Scottish Leaving Certificate Examination, 1958
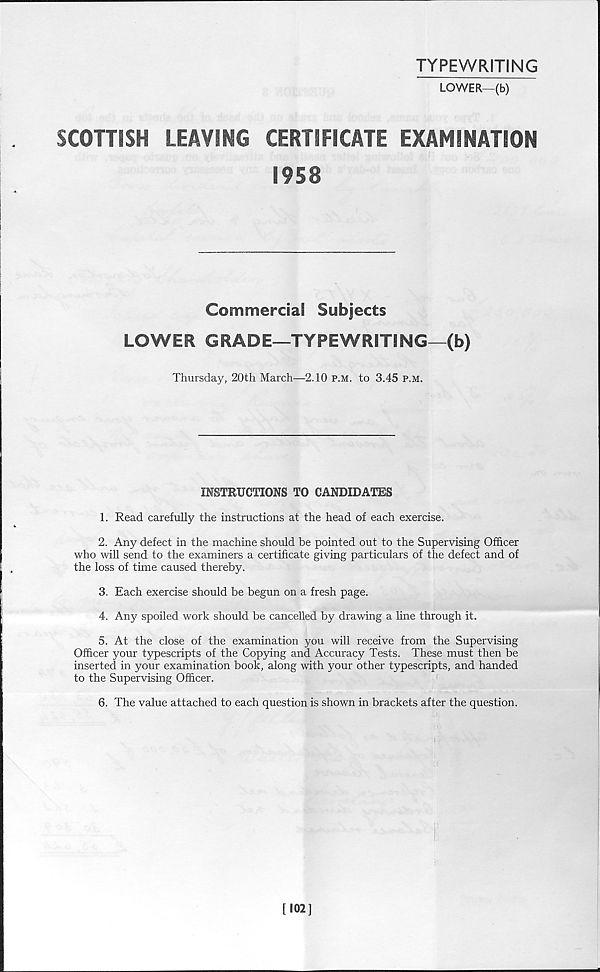
TYPEWRITING
LOWER—(b)
SCOTTJSH
LEAVING
CERTIFICATE EXAMINATION
1958
I
i
Commercial Subjects
LOWER GRADE—TYPEWRITING—(b)
Thursday, 20th March—2.10 p.m. to 3.45 p.m.
INSTRUCTIONS TO CANDIDATES
1. Read carefully the instructions at the head of each exercise.
2. Any defect in the machine should be pointed out to the Supervising Officer
who will send to the examiners a certificate giving particulars of the defect and of
the loss of time caused thereby.
3. Each exercise should be begun on a fresh page.
4. Any spoiled work should be cancelled by drawing a line through it.
5. At the close of the examination you will receive from the Supervising
Officer your typescripts of the Copying and Accuracy Tests. These must then be
inserted in your examination book, along with your other typescripts, and handed
to the Supervising Officer.
6. The value attached to each question is shown in brackets after the question.
[102]